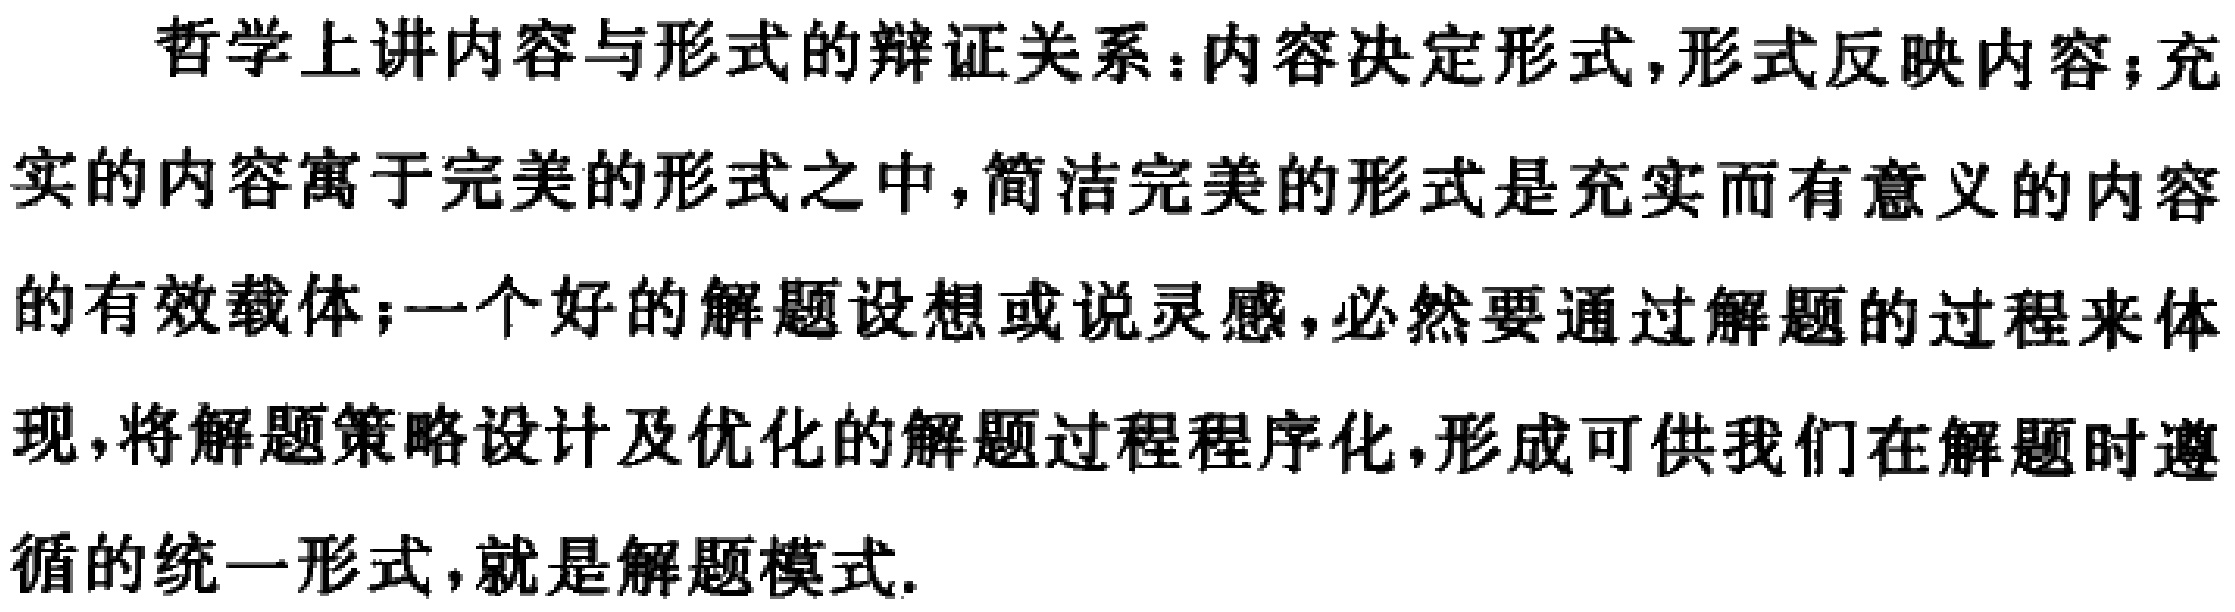
哲学上讲内容与形式的辩证关系：内容决定形式,形式反映内容；充实的内容寓于完美的形式之中,简洁完美的形式是充实而有意义的内容的有效载体；一个好的解题设想或说灵感,必然要通过解题的过程来体现,将解题策略设计及优化的解题过程程序化,形成可供我们在解题时遵循的统一形式,就是解题模式.